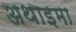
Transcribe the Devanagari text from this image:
अथाइमा